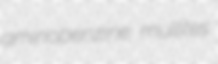
aminobenzine mullites